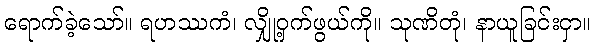
ရောက်ခဲ့သော်။ ရဟဿကံ၊ လျှို့ဝှက်ဖွယ်ကို။ သုဏိတုံ၊ နာယူခြင်းငှာ။